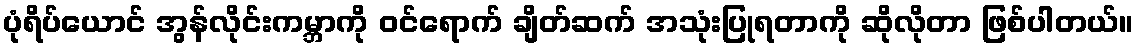
ပုံရိပ်ယောင် အွန်လိုင်းကမ္ဘာကို ဝင်ရောက် ချိတ်ဆက် အသုံးပြုရတာကို ဆိုလိုတာ ဖြစ်ပါတယ်။